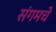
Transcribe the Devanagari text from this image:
संगमचे